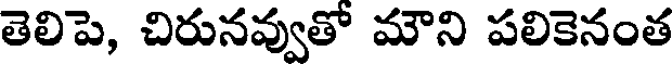
తెలిపె, చిరునవ్వుతో మౌని పలికెనంత